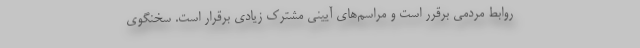
روابط مردمی برقرر است و مراسم‌های آیینی مشترک زیادی برقرار است. سخنگوی